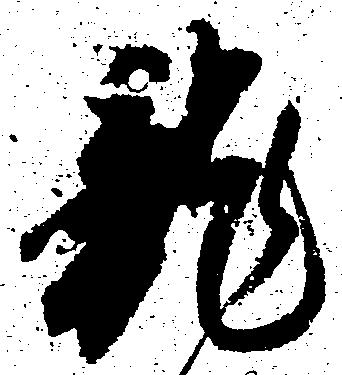
龍